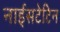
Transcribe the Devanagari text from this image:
नाईसटेटिन